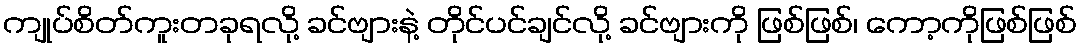
ကျုပ်စိတ်ကူးတခုရလို့ ခင်ဗျားနဲ့ တိုင်ပင်ချင်လို့ ခင်ဗျားကို ဖြစ်ဖြစ်၊ ကော့ကိုဖြစ်ဖြစ်